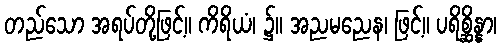
တည်သော အရပ်တို့ဖြင့်။ ကိရိယံ၊ ၌။ အညမညေန၊ ဖြင့်။ ပရိစ္ဆိန္နာ၊